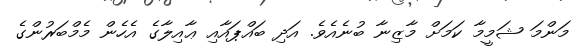
މަންމަ ޝަމީމާ ކަމަށް މާޒިނާ ބުނެއެވެ. އަދި ބައްޕައާއި ޢާއިލާގެ އެހެން މެމްބަރުންގެ